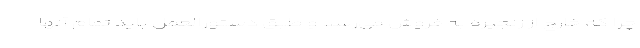
چرا که خارج از زنجیره به فروش می‌رسد و طبق دستورالعمل باید تمام آنها